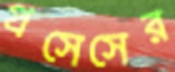
প্রসেসের